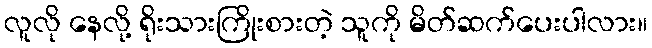
လူလို နေလို့ ရိုးသားကြိုးစားတဲ့ သူကို မိတ်ဆက်ပေးပါလား။